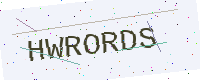
Text: HWRORDS